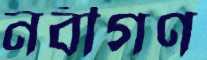
নবীগণ